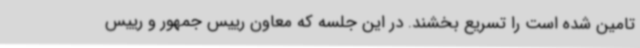
تامین شده است را تسریع بخشند. در این جلسه که معاون رییس جمهور و رییس